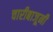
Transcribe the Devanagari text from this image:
चारीबाजूनी